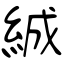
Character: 絾